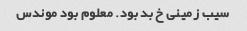
سیب زمینی خ بد بود. معلوم بود موندس